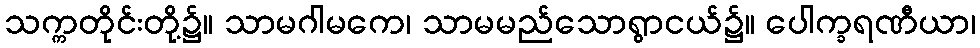
သက္ကတိုင်းတို့၌။ သာမဂါမကေ၊ သာမမည်သောရွာငယ်၌။ ပေါက္ခရဏီယာ၊